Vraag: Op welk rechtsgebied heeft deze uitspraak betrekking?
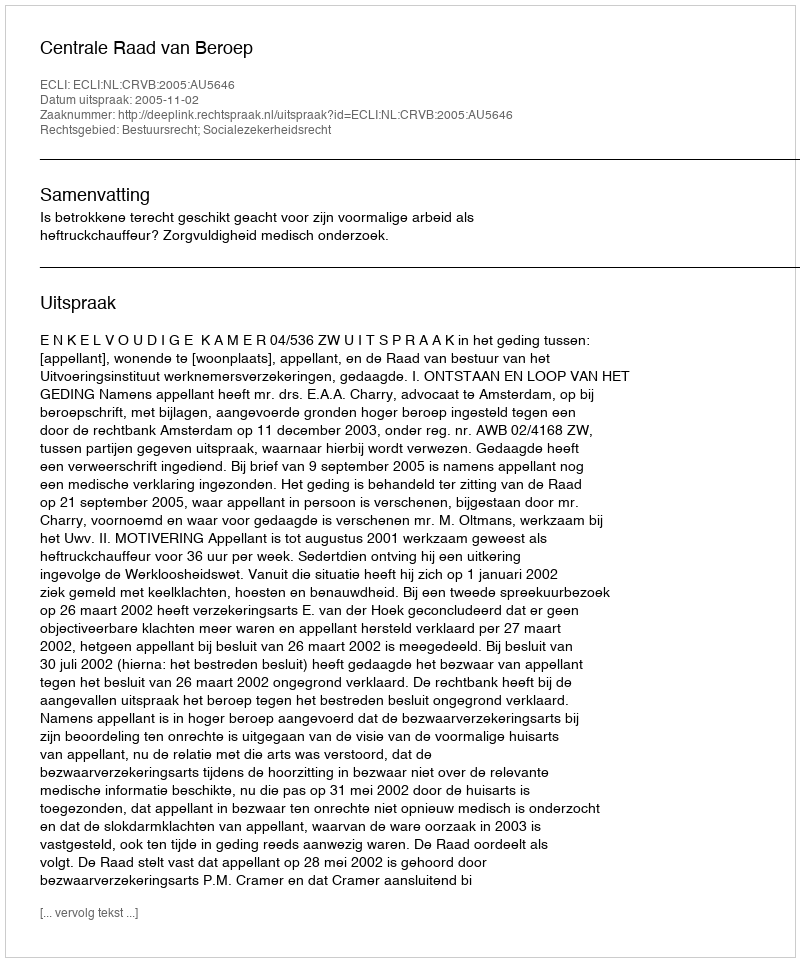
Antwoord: Bestuursrecht; Socialezekerheidsrecht